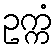
ဥက္ကံ